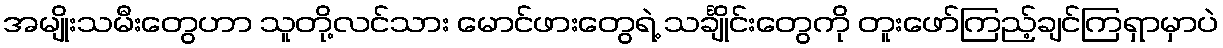
အမျိုးသမီးတွေဟာ သူတို့လင်သား မောင်ဖားတွေရဲ့ သင်္ချိုင်းတွေကို တူးဖော်ကြည့်ချင်ကြရှာမှာပဲ